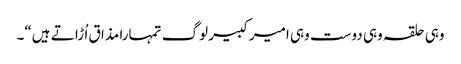
وہی حلقہ وہی دوست وہی امیر کبیر لوگ تمہارا مذا ق اُ ڑا تے ہیں“۔